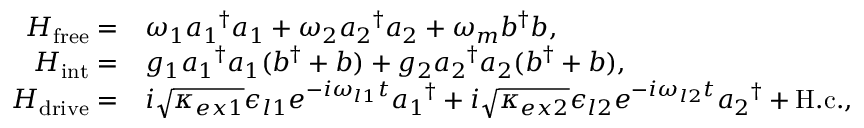
\begin{array} { r l } { H _ { \mathrm { f r e e } } = } & { { } \omega _ { 1 } { a _ { 1 } } ^ { \dagger } a _ { 1 } + \omega _ { 2 } { a _ { 2 } } ^ { \dagger } a _ { 2 } + \omega _ { m } b ^ { \dagger } b , } \\ { H _ { \mathrm { i n t } } = } & { { } g _ { 1 } { a _ { 1 } } ^ { \dagger } a _ { 1 } ( b ^ { \dagger } + b ) + g _ { 2 } { a _ { 2 } } ^ { \dagger } a _ { 2 } ( b ^ { \dagger } + b ) , } \\ { H _ { \mathrm { d r i v e } } = } & { { } i \sqrt { \kappa _ { e x 1 } } \epsilon _ { l 1 } e ^ { - i \omega _ { l 1 } t } { a _ { 1 } } ^ { \dagger } + i \sqrt { \kappa _ { e x 2 } } \epsilon _ { l 2 } e ^ { - i \omega _ { l 2 } t } { a _ { 2 } } ^ { \dagger } + \mathrm { H . c . } , } \end{array}